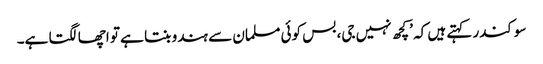
سوکندر کہتے ہیں کہ ’کچھ نہیں جی، بس کوئی مسلمان سے ہندو بنتا ہے تو اچھا لگتا ہے۔